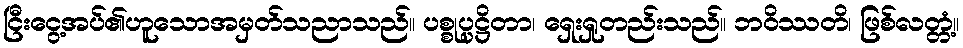
ငြီးငွေ့အပ်၏ဟူသောအမှတ်သညာသည်။ ပစ္စုပ္ပဋ္ဌိတာ၊ ရှေးရှုတည်းသည်။ ဘဝိဿတိ၊ ဖြစ်လတ္တံ့။